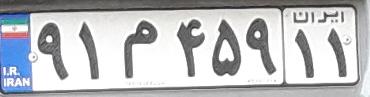
۹۱م۴۵۹۱۱